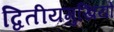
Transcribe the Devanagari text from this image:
द्वितीयमुखियों